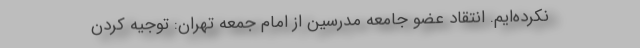
نکرده‌ایم. انتقاد عضو جامعه مدرسین از امام جمعه تهران: توجیه کردن